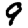
Digit: 9